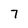
Character: 7